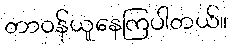
တာဝန်ယူနေကြပါတယ်။